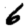
Digit: 6